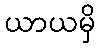
ယာယမှိ